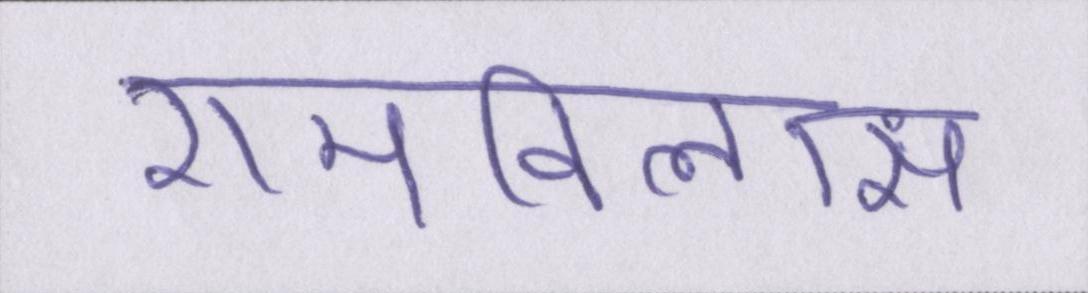
रामविलास